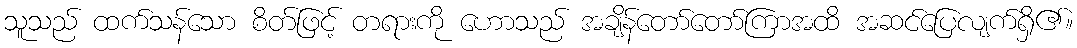
သူသည် ထက်သန်သော စိတ်ဖြင့် တရားကို ဟောသည် အချိန်တော်တော်ကြာအထိ အဆင်ပြေလျက်ရှိ၏။